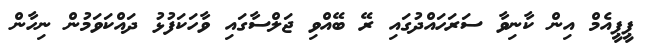
ޕީޕީއެމް އިން ކާނިވާ ސަރަހައްދުގައި ރޭ ބޭއްވި ޖަލްސާގައި ވާހަކަފުޅު ދައްކަވަމުން ނިހާން